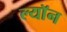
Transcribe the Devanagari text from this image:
ल्याॅन